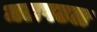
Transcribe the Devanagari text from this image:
जलपटल